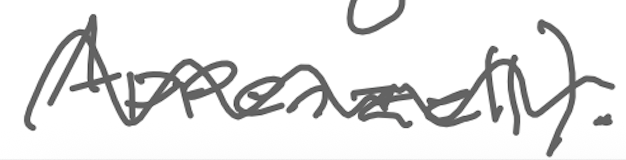
Text: Appenzell).
Cross-out: wave
Writing tool: digital_gray